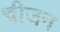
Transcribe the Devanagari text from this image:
चीजन